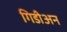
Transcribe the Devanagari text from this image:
गिडीअन